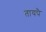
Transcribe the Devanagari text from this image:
तायपै